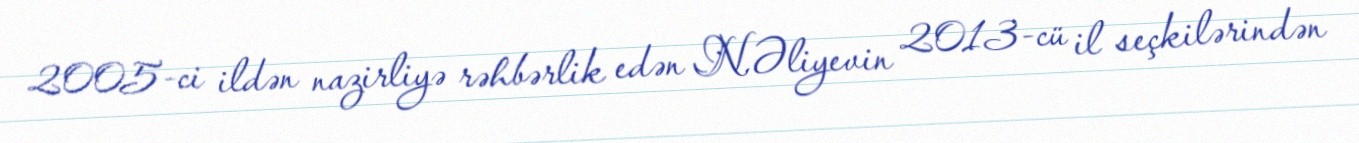
2005-ci ildən nazirliyə rəhbərlik edən N.Əliyevin 2013-cü il seçkilərindən